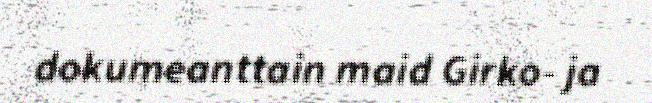
dokumeanttain maid Girko- ja